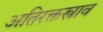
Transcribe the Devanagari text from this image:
अतिरक्तस्त्राव